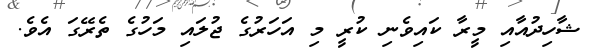
ޝާހިދުއާއި މީރާ ކައިވެނި ކުރީ މި އަހަރުގެ ޖުލައި މަހުގެ ތެރޭގަ އެވެ.